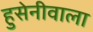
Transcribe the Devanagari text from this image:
हुसेनीवाला